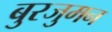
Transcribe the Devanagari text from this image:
बुरजुमन